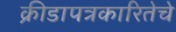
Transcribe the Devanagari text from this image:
क्रीडापत्रकारितेचे